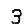
Digit: 3